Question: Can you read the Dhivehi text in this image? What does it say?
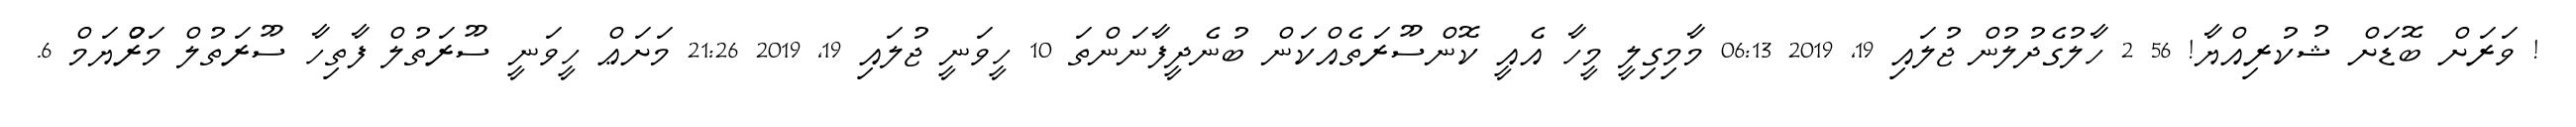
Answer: ! ވަރަށް ބޮޑަށް ޝުކުރިއްޔާ! 56 2 ހާލުގެދުލުން ޖުލައި 19, 2019 06:13 މާމިގިލީ މީހާ އެއީ ކޮންސޫރަތެއްކަން ބުނެދީފާނަންތަ 10 ހީވަނީ ޖުލައި 19, 2019 21:26 މަށަޢް ހީވަނީ ސޫރަތުލް ފާތިހާ ސޫރަތުލް މަރްުޔަމް 6.